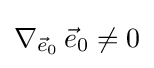
\nabla _{{\vec {e}}_{0}}\,{\vec {e}}_{0}\neq 0